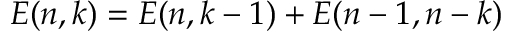
E ( n , k ) = E ( n , k - 1 ) + E ( n - 1 , n - k )